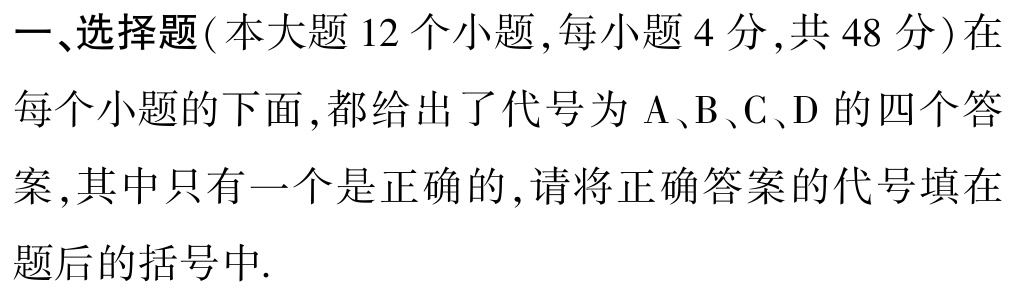
一、选择题(本大题 12 个小题 ,每小题 4 分 ,共 48 分)在每个小题的下面 ,都给出了代号为 A、B、C、D 的四个答案 ,其中只有一个是正确的 ,请将正确答案的代号填在题后的括号中.